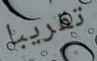
تقريبا